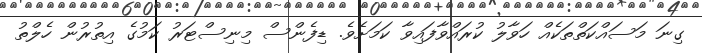
ގިނަ މަސައްކަތްތަކެއް ހަވާލު ކުރައްވާފައިވާ ކަމަށެވެ. ޑިފެންސް މިނިސްޓަރު ކަމުގެ އިތުރުން ހެލްތު